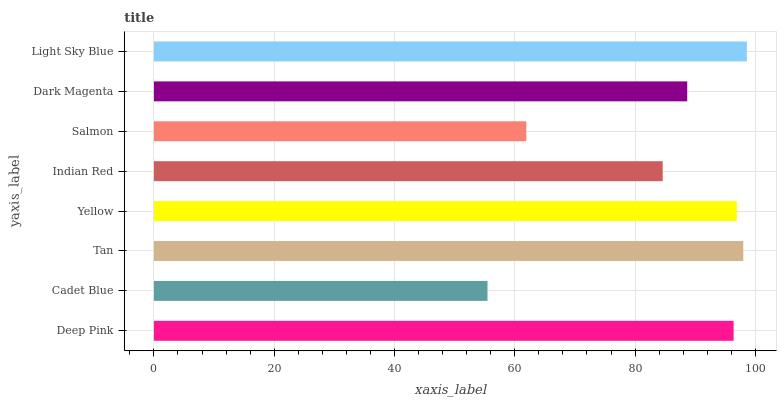
| yaxis_label | bars |
 | --- | --- |
 | Deep Pink | 96.4 |
 | Cadet Blue | 55.5 |
 | Tan | 98 |
 | Yellow | 96.9 |
 | Indian Red | 84.6 |
 | Salmon | 61.9 |
 | Dark Magenta | 88.7 |
 | Light Sky Blue | 98.6 |